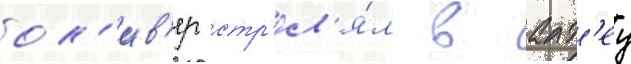
ол'ив'ер стр'ел'я́л в алт'еу